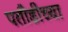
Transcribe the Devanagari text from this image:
पतौडीच्या